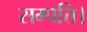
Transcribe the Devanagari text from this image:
सम्पत्ति।